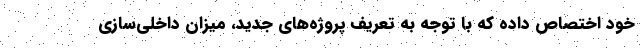
‌خود اختصاص داده که با توجه به‌ تعریف پروژه‌های جدید، میزان داخلی‌سازی